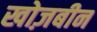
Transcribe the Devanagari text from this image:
खोज़बीन